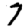
Digit: 7